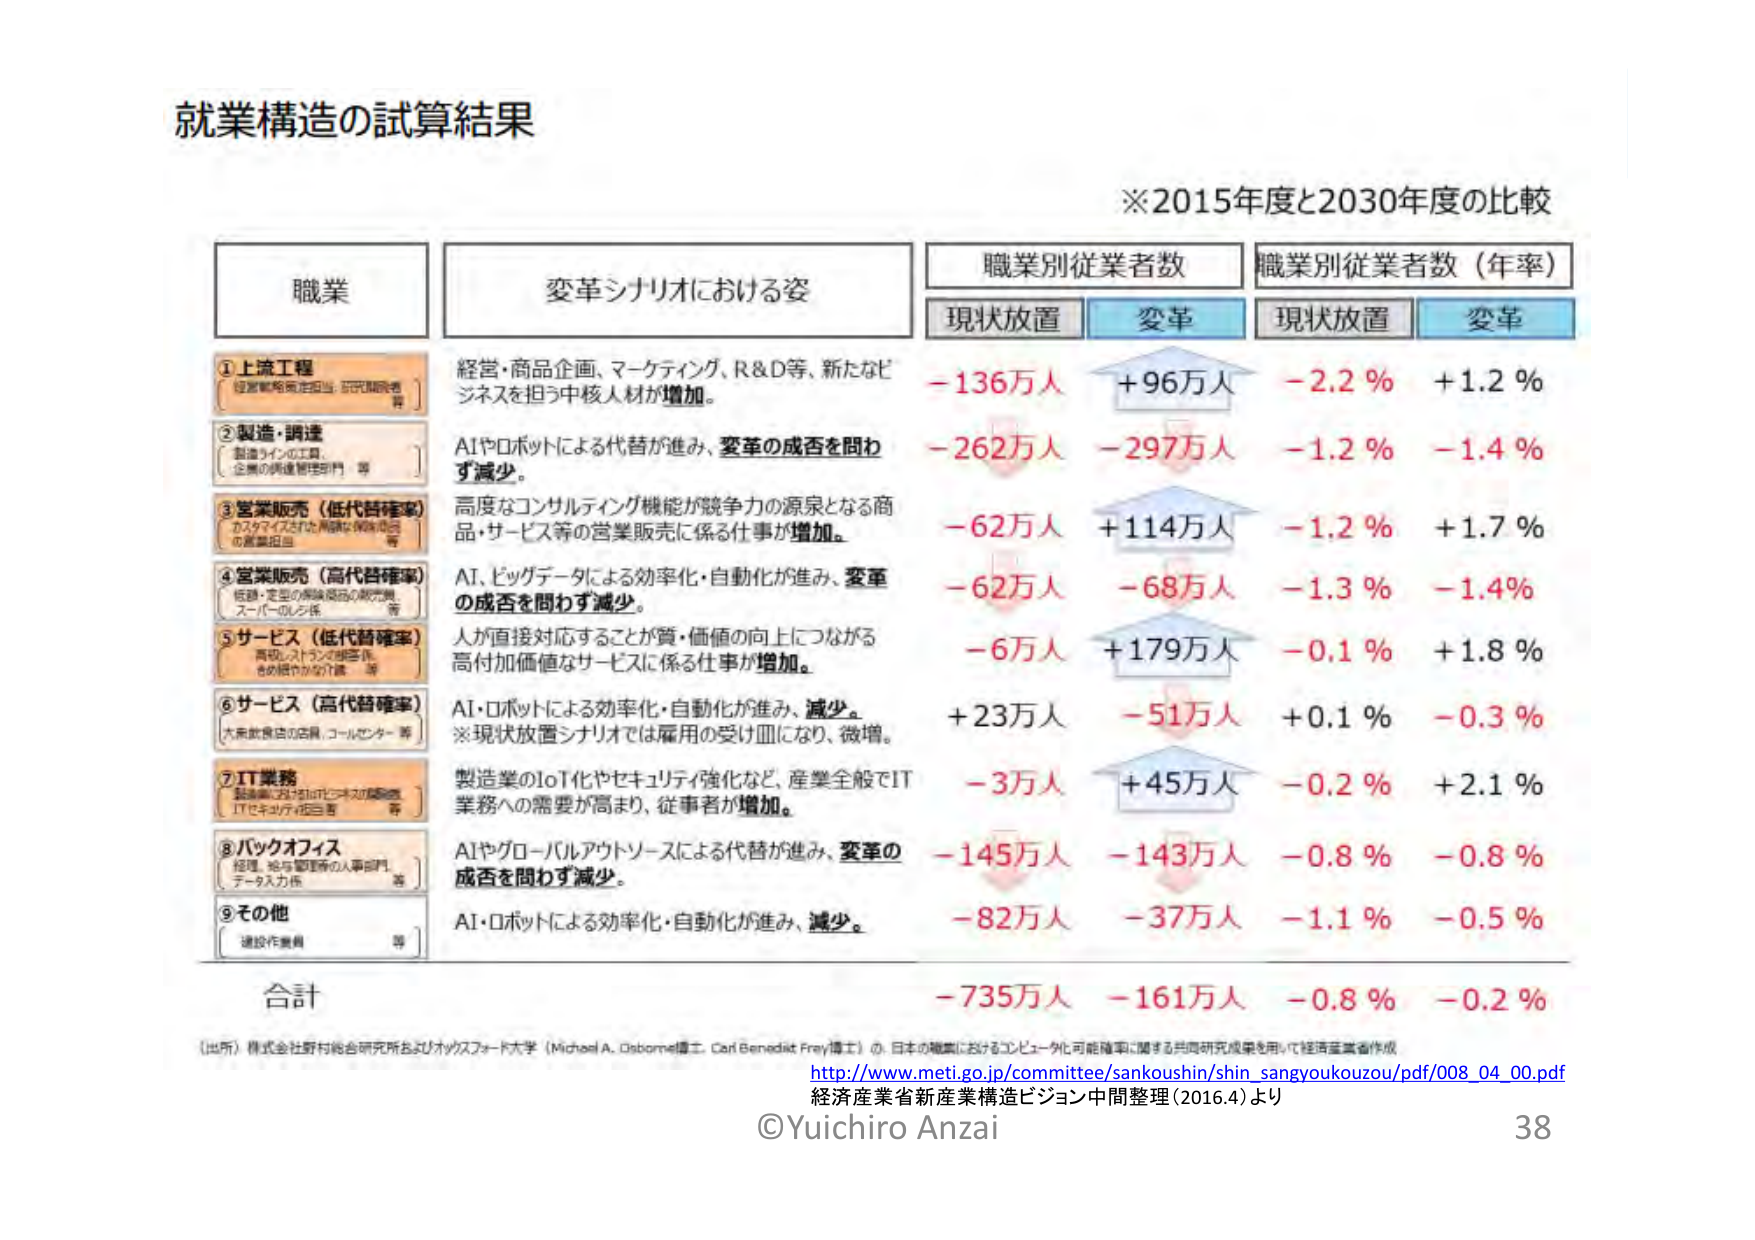
就業構造の試算結果

※2015年度と2030年度の比較

職業　　　　　　　　　　　　変革シナリオにおける姿　　　　　　　　職業別従業者数　　　　　　職業別従業者数（年率）
　　　　　　　　　　　　　　　　　　　　　　　　　　　　　　　　現状放置　　　変革　　　　　　現状放置　　　変革

①上流工程
（経営戦略策定担当、研究開発者等）
経営・商品企画、マーケティング、R＆D等、新たなビジネスを担う中核人材が増加。
－136万人　＋96万人　－2.2％　＋1.2％

②製造・調達
（製造ラインの工員、企業の調達管理部門等）
AIやロボットによる代替が進み、変革の成否を問わず減少。
－262万人　－297万人　－1.2％　－1.4％

③営業販売（低代替確率）
（カスタマイズされた高価な保険商品の営業担当等）
高度なコンサルティング機能が競争力の源泉となる商品・サービス等の営業販売に係る仕事が増加。
－62万人　＋114万人　－1.2％　＋1.7％

④営業販売（高代替確率）
（低価・定型の保険商品の販売員、スーパーマーケット係等）
AI、ビッグデータによる効率化・自動化が進み、変革の成否を問わず減少。
－62万人　－68万人　－1.3％　－1.4％

⑤サービス（低代替確率）
（高級レストランの調理係、きめ細やかな介護等）
人が直接対応することが質・価値の向上につながる高付加価値なサービスに係る仕事が増加。
－6万人　＋179万人　－0.1％　＋1.8％

⑥サービス（高代替確率）
（大衆飲食店の店員、コールセンター等）
AI・ロボットによる効率化・自動化が進み、減少。
※現状放置シナリオでは雇用の受け皿になり、微増。
＋23万人　－51万人　＋0.1％　－0.3％

⑦IT業務
（製造業におけるIoTシステムの開発、ITセキュリティ担当者等）
製造業のIoT化やセキュリティ強化など、産業全般でIT業務への需要が高まり、従事者が増加。
－3万人　＋45万人　－0.2％　＋2.1％

⑧バックオフィス
（経理、給与管理等の人事部門、データ入力係等）
AIやグローバルアウトソースによる代替が進み、変革の成否を問わず減少。
－145万人　－143万人　－0.8％　－0.8％

⑨その他
（運転作業員等）
AI・ロボットによる効率化・自動化が進み、減少。
－82万人　－37万人　－1.1％　－0.5％

合計
－735万人　－161万人　－0.8％　－0.2％

（出所）株式会社野村総合研究所およびオックスフォード大学（Michael A. Osborne博士、Carl Benedikt Frey博士）の、日本の職業におけるコンピュータ化可能確率に関する共同研究成果を用いて経済産業省作成
http://www.meti.go.jp/committee/sankoushin/shin_sangyoukouzou/pdf/008_04_00.pdf
経済産業省新産業構造ビジョン中間整理（2016.4）より

©Yuichiro Anzai
38